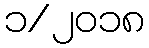
၁/၂၀၁၈